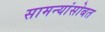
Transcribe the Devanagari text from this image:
सामन्यांसोबत